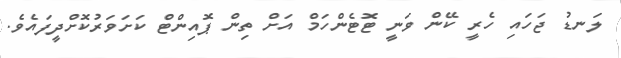
ލަނޑު ޖަހައި ހެރީ ކޭން ވަނީ ޓޮޓެންހަމް އަށް ތިން ޕޮއިންޓް ކަށަވަރުކޮށްދީފައެވެ.